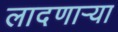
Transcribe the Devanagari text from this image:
लादणाऱ्या